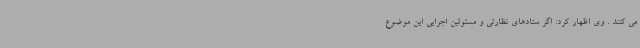
می کنند . وی اظهار کرد: اگر ستادهای نظارتی و مسئولین اجرایی این موضوع